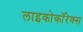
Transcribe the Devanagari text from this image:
लाइकोकॉरेक्स